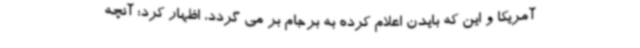
آمریکا و این که بایدن اعلام کرده به برجام بر می گردد، اظهار کرد: آنچه